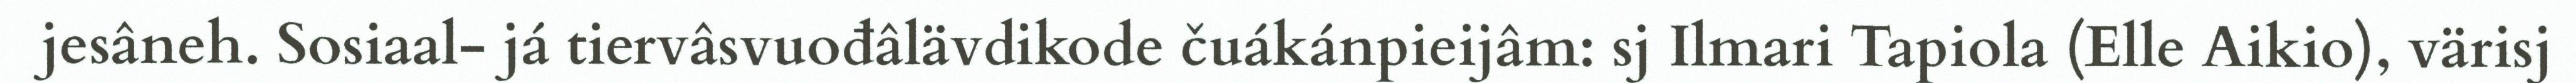
jesâneh. Sosiaal- já tiervâsvuođâlävdikode čuákánpieijâm: sj Ilmari Tapiola (Elle Aikio), värisj